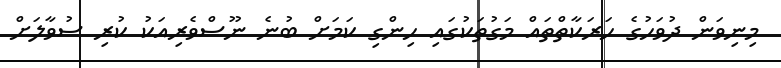
މިނިވަން ދުވަހުގެ ހަރަކާތްތައް މަގުތަކުގައި ހިންގި ކަމަށް ބުނެ ނޫސްވެރިއަކު ކުރި ސުވާލަށް